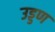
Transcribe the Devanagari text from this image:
उड्डण